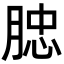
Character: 𦜦